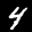
Label: 4